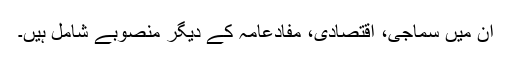
ان میں سماجی، اقتصادی، مفادعامہ کے دیگر منصوبے شامل ہیں۔